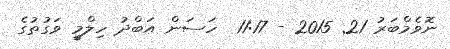
ނޮވެމްބަރު 21